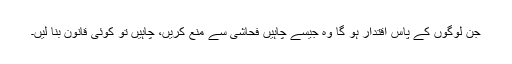
جن لوگوں کے پاس اقتدار ہو گا وہ جیسے چاہیں فحاشی سے منع کریں، چاہیں تو کوئی قانون بنا لیں۔